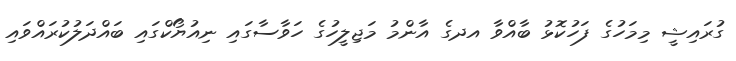
ގުރައިޝީ މިމަހުގެ ފަހުކޮޅު ބާއްވާ އދގެ އާންމު މަޖިލީހުގެ ހަވާސާގައި ނިއުޔޯކްގައި ބައްދަލުކުރައްވައި